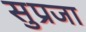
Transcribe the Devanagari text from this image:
सुप्रजा